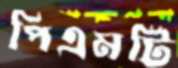
পিএমটি